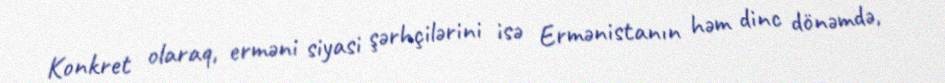
Konkret olaraq, erməni siyasi şərhçilərini isə Ermənistanın həm dinc dönəmdə,